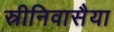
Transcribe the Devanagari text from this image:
स्रीनिवासैया